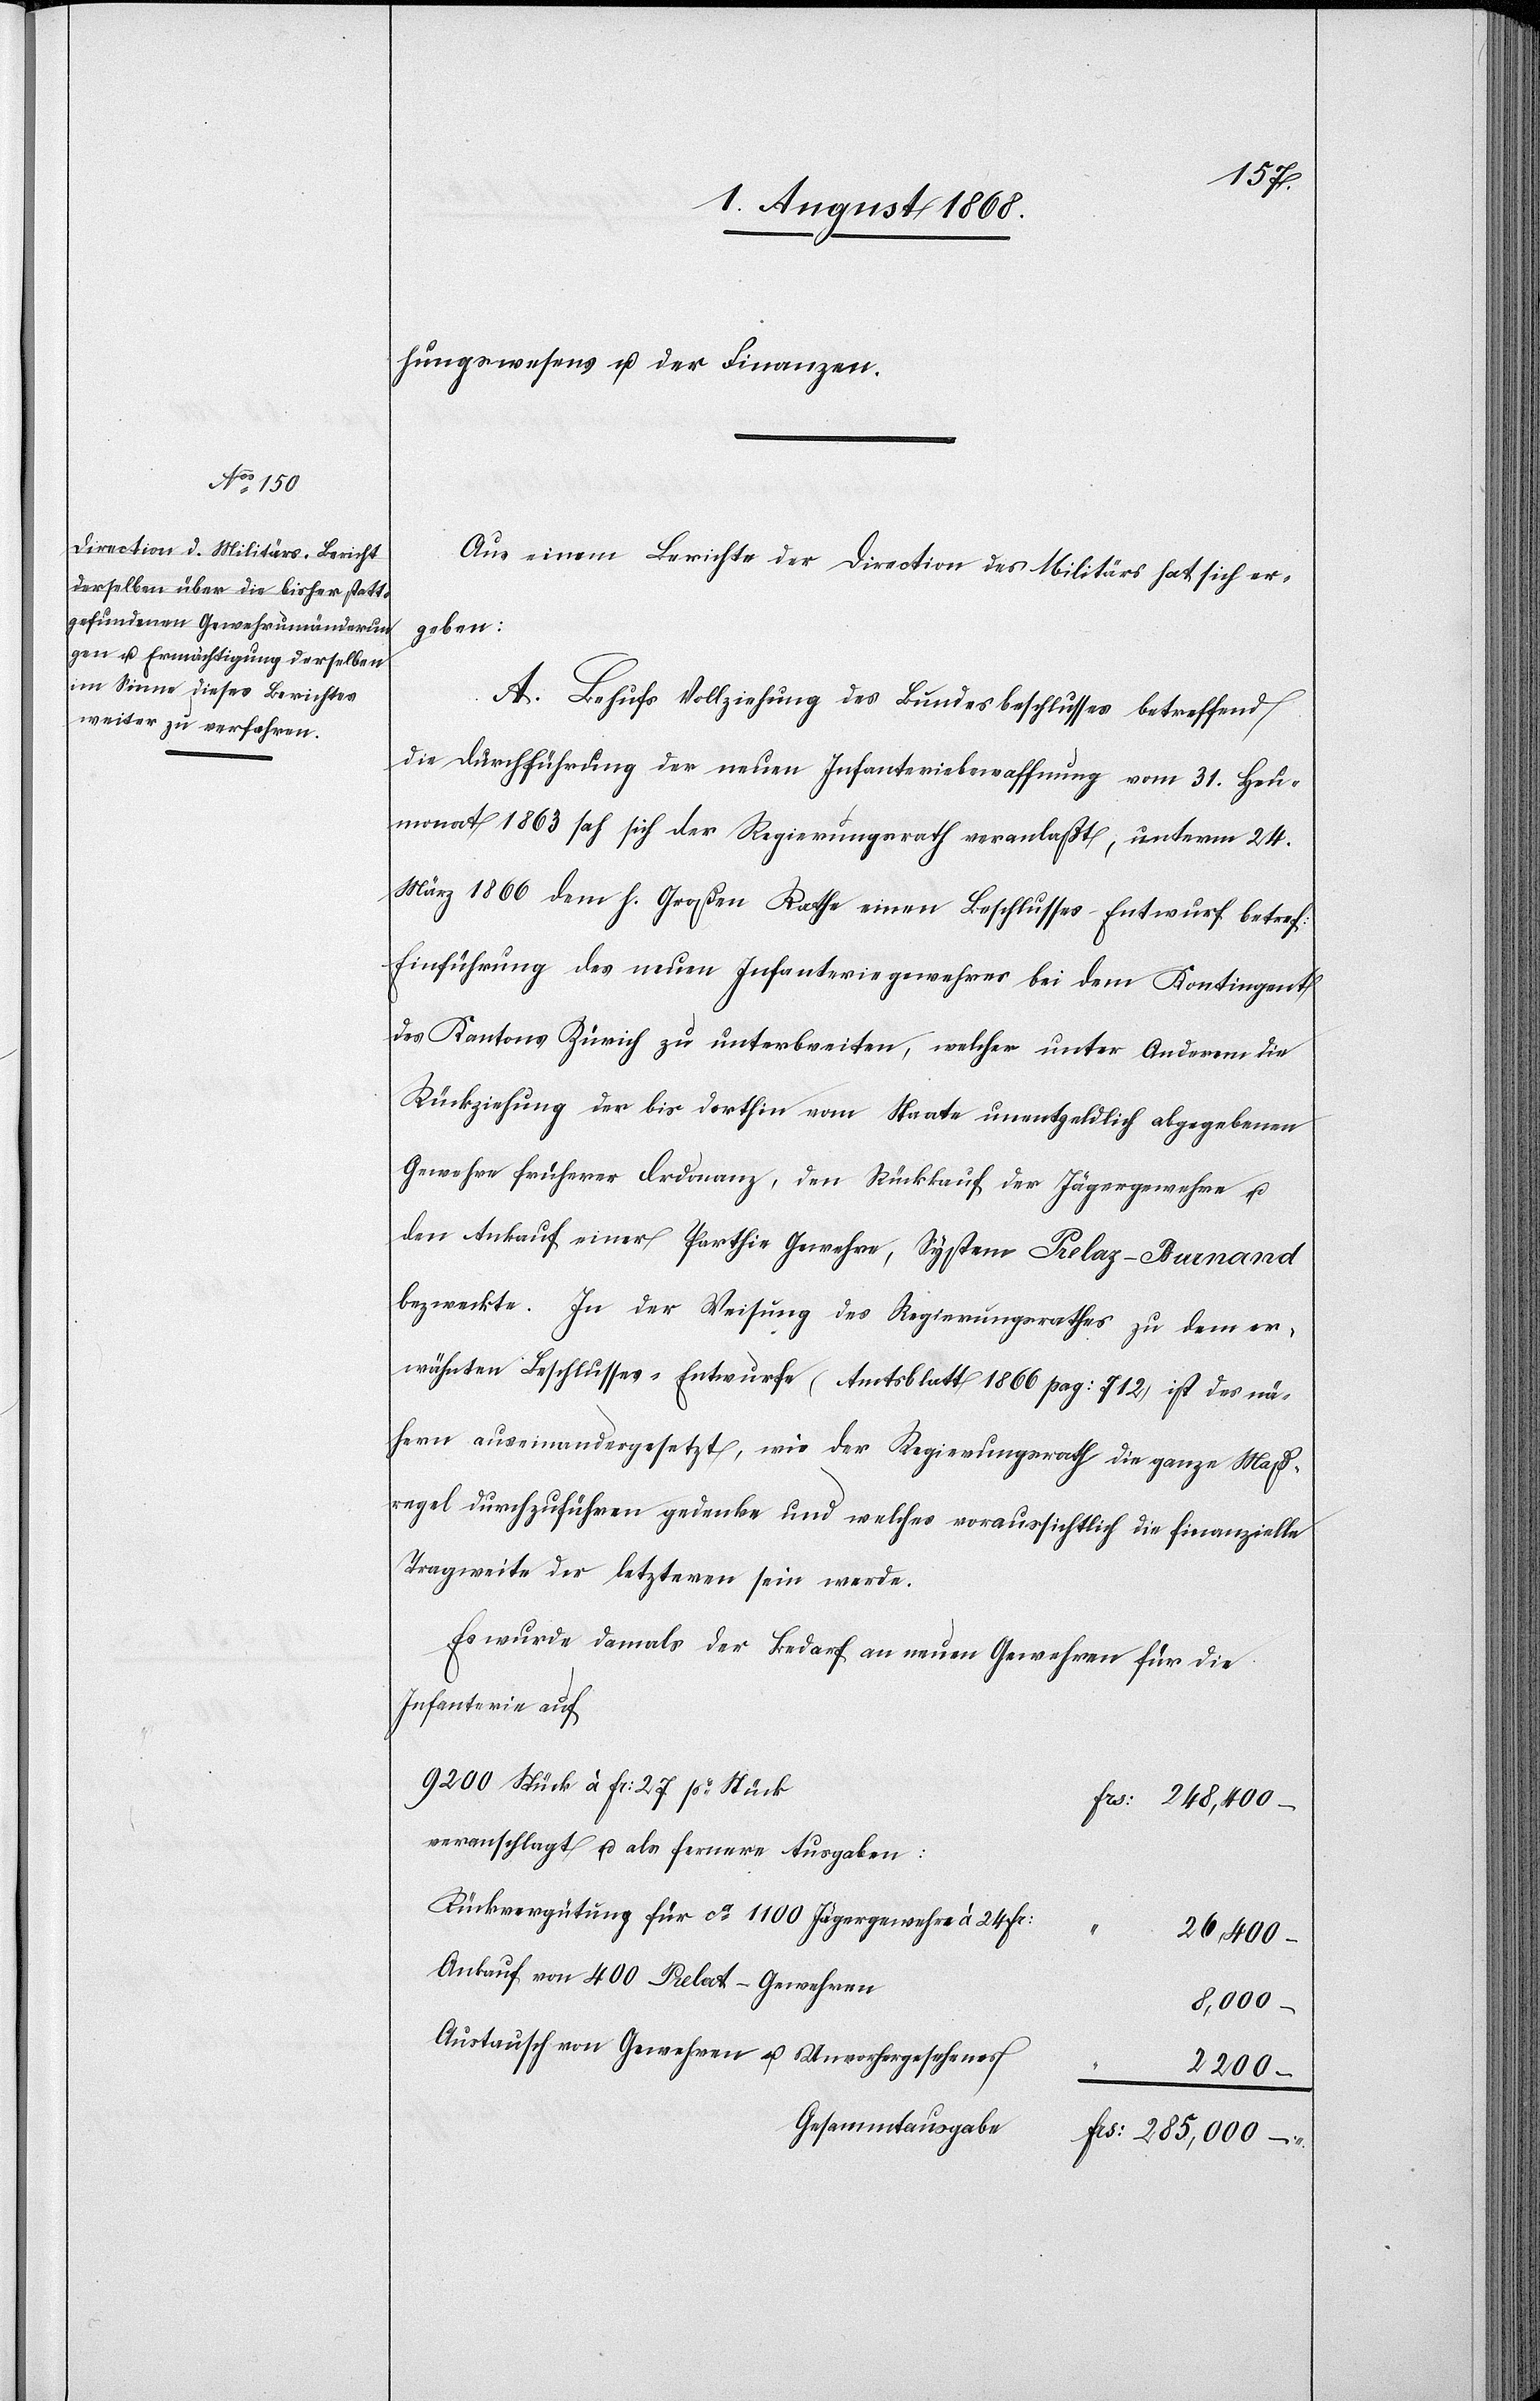
hungswesens u. der Finanzen.
Aus einem Berichte der Direction des Militärs hat sich er¬
geben:
A. Behufs Vollziehung des Bundesbeschlusses betreffend
die Durchführung der neuen Infanteriebewaffnung vom 31. Heu¬
monat 1863 sah sich der Regierungsrath veranlaßt, unterm 24.
März 1866 dem h. Großen Rathe einen Beschlusses-Entwurf betref:
Einführung des neuen Infanteriegewehres bei dem Kontingent
des Kantons Zürich zu unterbreiten, welcher unter Anderem die
Rückziehung der bis dorthin vom Staate unentgeldlich abgegebenen
Gewehre früherer Ordonanz, den Rückkauf der Jägergewehre u.
den Ankauf einer Parthie Gewehre, System Prelaz-Burnand
bezweckte. In der Weisung des Regierungsrathes zu dem er¬
wähnten Beschlusses-Entwurfe (Amtsblatt 1866 pag: 712) ist des nä¬
hern auseinandergesetzt, wie der Regierungsrath die ganze Maß¬
regel durchzuführen gedenke und welches voraussichtlich die finanzielle
Tragweite der letzteren sein werde.
Es wurde damals der Bedarf an neuen Gewehren für die
Infanterie auf
9200 Stück à Fr: 27 pr Stück
Frs: 248,400 –
veranschlagt u. als fernere Ausgaben:
Rückvergütung für ca 1100 Jägergewehre à 24 Fr:
26,400 –
Ankauf von 400 Prelat-Gewehren
8,000 –
Austausch von Gewehren u. Unvorhergesehenes
2 200 –
Gesammtausgabe
Frs: 285,000 –